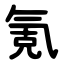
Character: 氪